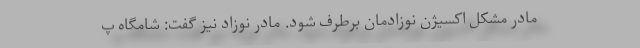
مادر مشکل اکسیژن نوزادمان برطرف شود. مادر نوزاد نیز گفت: شامگاه پ